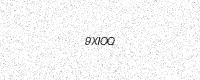
Text: 9XIOQ